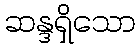
ဆန္ဒရှိသော